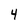
Character: 4